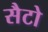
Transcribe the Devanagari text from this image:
सैटो